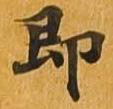
即